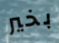
بخير